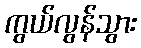
ကွယ်လွန်သွား